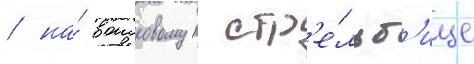
/ на́ воисковом стр'е́льб'ище